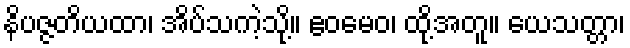
နိပဇ္ဇတိယထာ၊ အိပ်သကဲ့သို့။ ဧဝမေဝ၊ ထို့အတူ။ ယေသတ္တာ၊